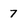
Character: 7